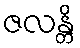
ဇလန္တိ